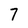
Character: 7